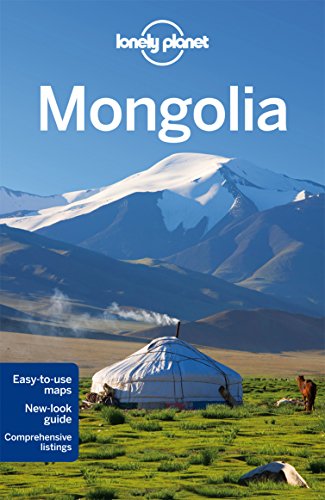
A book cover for Lonely Planet Mongolia (Travel Guide); Lonely Planet; Travel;